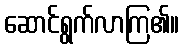
ဆောင်ရွက်လာကြ၏။